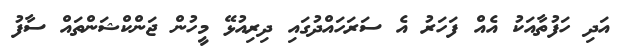
އަދި ހަފުތާއަކު އެއް ފަހަރު އެ ސަރަހައްދުގައި ދިރިއުޅޭ މީހުން ޖަންކްޝަންތައް ސާފު